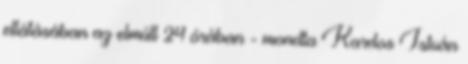
ellátásában az elmúlt 24 órában - mondta Kardos István